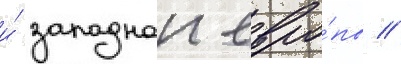
и́ западнои евро́пы //